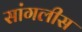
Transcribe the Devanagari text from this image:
सांगलीस